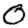
Digit: 0